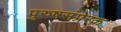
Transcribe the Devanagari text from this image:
पुरुषसंप्रेरक